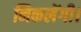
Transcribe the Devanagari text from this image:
निकलेंगी।